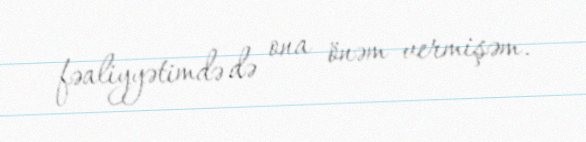
fəaliyyətimdə də ona önəm vermişəm.